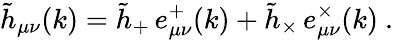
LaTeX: \tilde{h}_{\mu\nu}(k)=\tilde{h}_{+}\, e_{\mu\nu}^{+}(k)+\tilde{h}_{\times}\, e_{\mu\nu}^{\times}(k)\ .